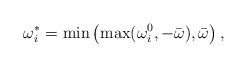
LaTeX: \begin{align*} \omega_i^* = \min\left(\max(\omega_i^0,-\bar{\omega}),\bar{\omega}\right),\end{align*}